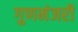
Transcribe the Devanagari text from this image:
गुणमंजरी